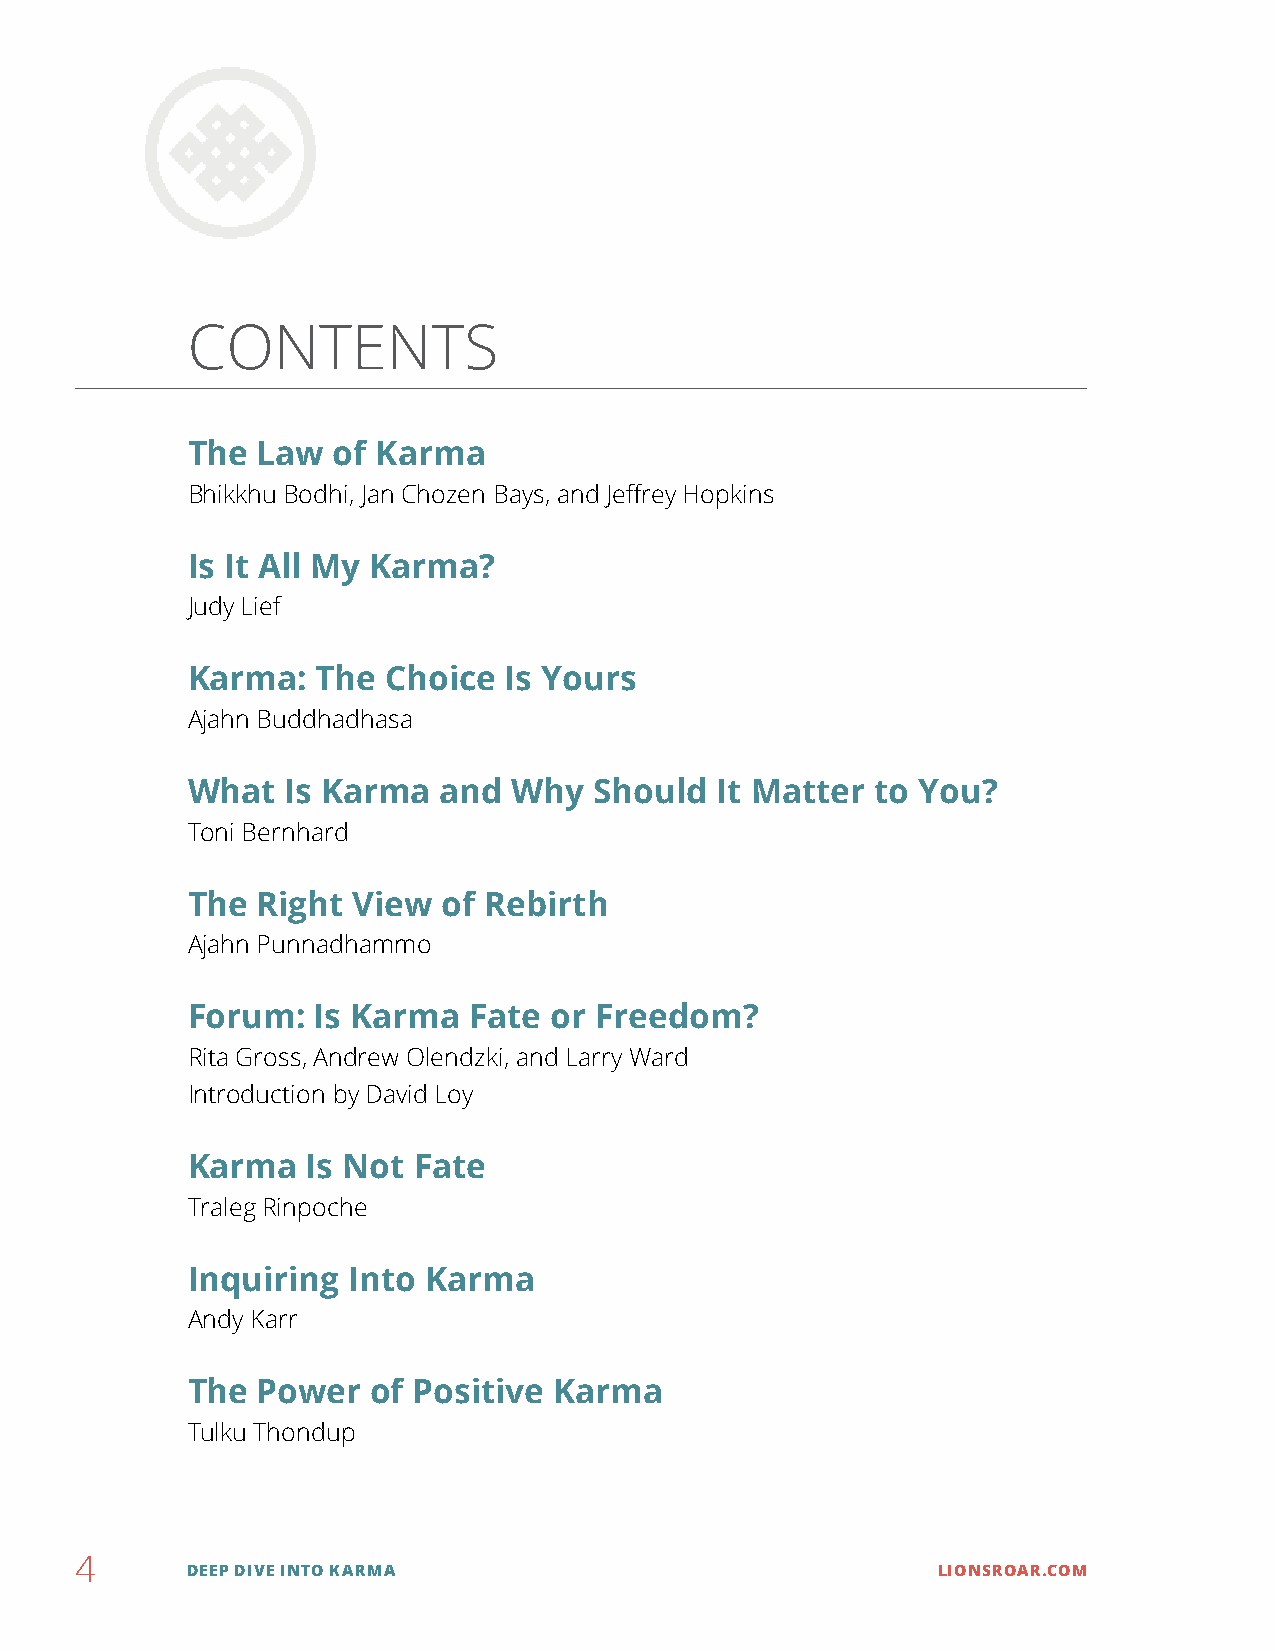
CONTENTS
 The  Law  of Karma
 Bhikkhu Bodhi, Jan Chozen Bays, and Jeffrey Hopkins
 Is It All My Karma?
 Judy Lief
 Karma:   The  Choice Is Yours
 Ajahn Buddhadhasa
 What   Is Karma  and  Why  Should  It Matter  to You?
 Toni Bernhard
 The  Right View  of Rebirth
 Ajahn Punnadhammo
 Forum:   Is Karma  Fate or Freedom?
 Rita Gross, Andrew Olendzki, and Larry Ward
 Introduction by David Loy
 Karma   Is Not Fate
 Traleg Rinpoche
 Inquiring  Into Karma
 Andy Karr
 The  Power   of Positive Karma
 Tulku Thondup
 4
 DEEP DIVE INTO KARMA                              LIONSROAR.COM